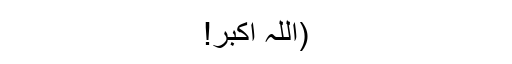
(اللہ اکبر!